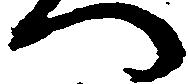
へ